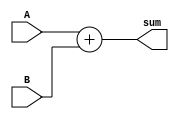
module Adder (
  input wire [3:0] A,
  input wire [3:0] B,
  output reg [4:0] sum
);

always @* begin
  sum = A + B;
end

endmodule